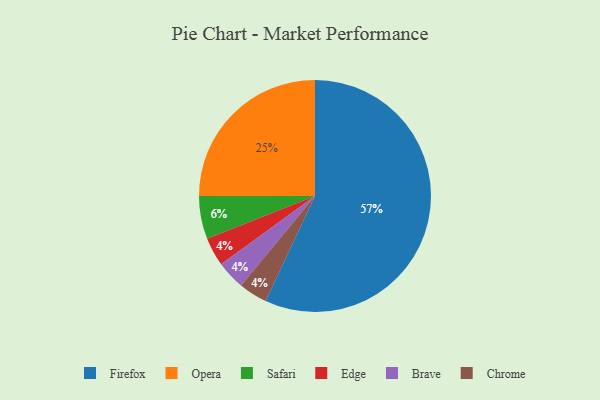
{"axis": {"x": "Category", "y": "Percentage"}, "legend": ["Brave", "Chrome", "Edge", "Firefox", "Opera", "Safari"], "data": [{"x": "Firefox", "y": 57, "type": "Firefox"}, {"x": "Edge", "y": 4, "type": "Edge"}, {"x": "Brave", "y": 4, "type": "Brave"}, {"x": "Chrome", "y": 4, "type": "Chrome"}, {"x": "Opera", "y": 25, "type": "Opera"}, {"x": "Safari", "y": 6, "type": "Safari"}]}